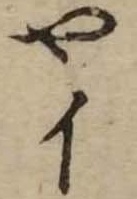
やい